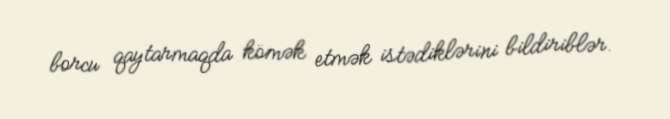
borcu qaytarmaqda kömək etmək istədiklərini bildiriblər.